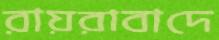
রায়রাবাদে